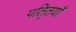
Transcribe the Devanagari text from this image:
पति्तयाँ